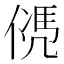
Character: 𠌩